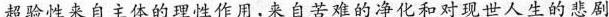
超验性来自主体的理性作用，来自苦难的净化和对现世人生的悲剧